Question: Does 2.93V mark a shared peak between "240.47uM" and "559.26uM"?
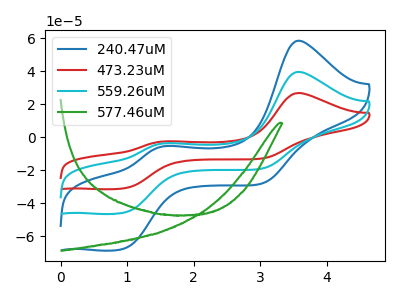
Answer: <think>The blue curve "240.47uM" has anodic peaks at (3.60V, 58.50uA) (1.55V, -5.35uA) and cathodic peaks at (0.95V, -67.20uA) (3.05V, -27.90uA). The red curve "473.23uM" has anodic peaks at (3.60V, 79.20uA) (1.55V, -7.20uA) and cathodic peaks at (0.95V, -91.00uA) (3.05V, -37.75uA). The cyan curve "559.26uM" has anodic peaks at (3.60V, 39.60uA) (1.55V, -3.60uA) and cathodic peaks at (0.95V, -45.50uA) (3.05V, -18.90uA). The green curve "577.46uM" has no peaks.</think>
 <answer>No, "240.47uM" and "559.26uM" dont share a peak at 2.93V.</answer>
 <eval>mismatch</eval>